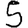
Digit: 5